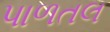
પાળતલ